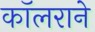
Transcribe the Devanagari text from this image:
कॉलराने